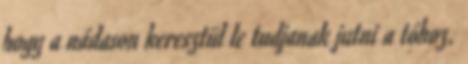
hogy a nádason keresztül le tudjanak jutni a tóhoz.